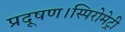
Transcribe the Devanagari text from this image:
प्रदूषण।स्पिरोमेट्री